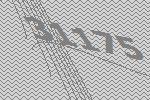
31175